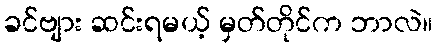
ခင်ဗျား ဆင်းရမယ့် မှတ်တိုင်က ဘာလဲ။